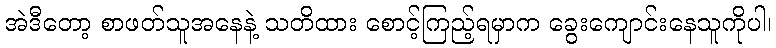
အဲဒီတော့ စာဖတ်သူအနေနဲ့ သတိထား စောင့်ကြည့်ရမှာက ခွေးကျောင်းနေသူကိုပါ၊